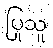
ပြုသူ